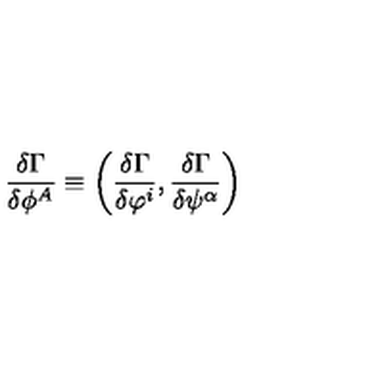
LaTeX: \frac { \delta \Gamma } { \delta \phi ^ { A } } \equiv \bigg ( \frac { \delta \Gamma } { \delta \varphi ^ { i } } , \frac { \delta \Gamma } { \delta \psi ^ { \alpha } } \bigg )